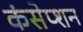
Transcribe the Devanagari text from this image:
कंसेप्शन